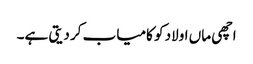
اچھی ماں اولاد کو کامیاب کر دیتی ہے۔